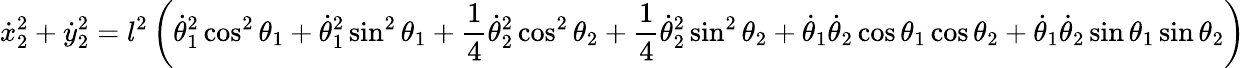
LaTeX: {\dot{x}}_{2}^{2}+{\dot{y}}_{2}^{2}=l^{2}\left({\dot{\theta}}_{1}^{2}\cos^{2}\theta_{1}+{\dot{\theta}}_{1}^{2}\sin^{2}\theta_{1}+{\frac{1}{4}}{\dot{\theta}}_{2}^{2}\cos^{2}\theta_{2}+{\frac{1}{4}}{\dot{\theta}}_{2}^{2}\sin^{2}\theta_{2}+{\dot{\theta}}_{1}{\dot{\theta}}_{2}\cos\theta_{1}\cos\theta_{2}+{\dot{\theta}}_{1}{\dot{\theta}}_{2}\sin\theta_{1}\sin\theta_{2}\right)